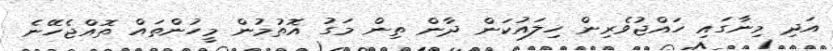
އަދި މިނާގައި ހައްޖުވެރިން ހިލައުކަން ދާން ތިން މަގު އޮތުމުން މީހުންތައް ތޮއްޖެހޭނެ